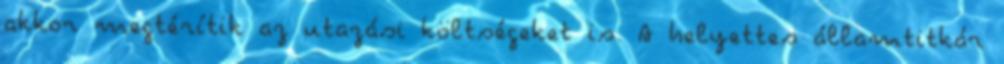
akkor megtérítik az utazási költségeket is. A helyettes államtitkár